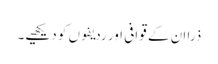
ذرا ان کے قوافی اور ردیفوں کو دیکھیے۔